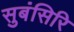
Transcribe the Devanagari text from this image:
सुबंसिरि